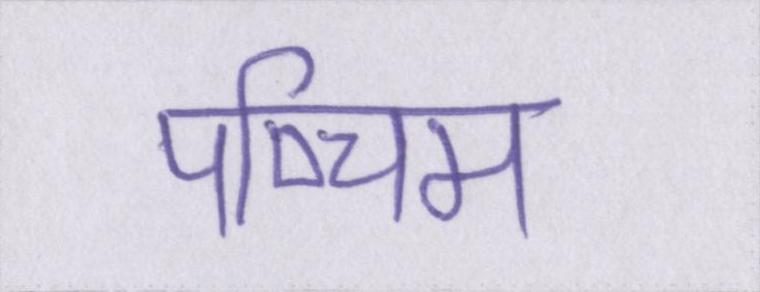
पष्चिम